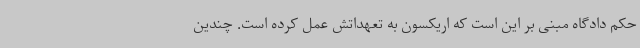
حکم دادگاه مبنی بر این است که اریکسون به تعهداتش عمل کرده است. چندین